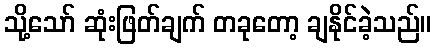
သို့သော် ဆုံးဖြတ်ချက် တခုတော့ ချနိုင်ခဲ့သည်။